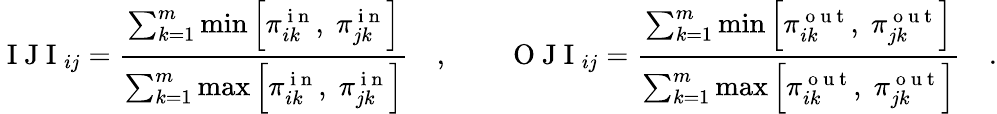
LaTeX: \mathrm{~I~J~I~}_{ij}=\frac{\sum_{k=1}^{m}\operatorname*{min}\left[\pi_{ik}^{\mathrm{~i~n~}},\; \pi_{jk}^{\mathrm{~i~n~}}\right]}{\sum_{k=1}^{m}\operatorname*{max}\left[\pi_{ik}^{\mathrm{~i~n~}},\; \pi_{jk}^{\mathrm{~i~n~}}\right]}\quad,\qquad\mathrm{~O~J~I~}_{ij}=\frac{\sum_{k=1}^{m}\operatorname*{min}\left[\pi_{ik}^{\mathrm{~o~u~t~}},\; \pi_{jk}^{\mathrm{~o~u~t~}}\right]}{\sum_{k=1}^{m}\operatorname*{max}\left[\pi_{ik}^{\mathrm{~o~u~t~}},\; \pi_{jk}^{\mathrm{~o~u~t~}}\right]}\quad.